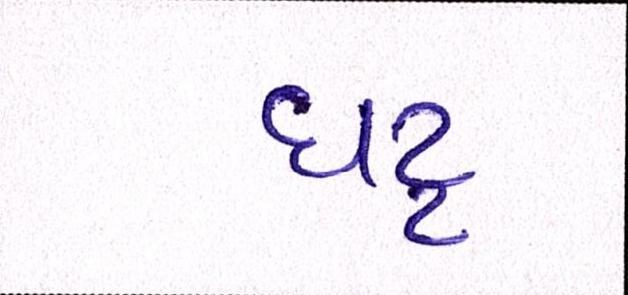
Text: ઘટ્ટ